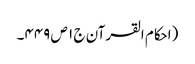
(احکام القرآن ج ١ ص ٤٤٩۔